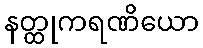
နတ္ထုကရဏိယော